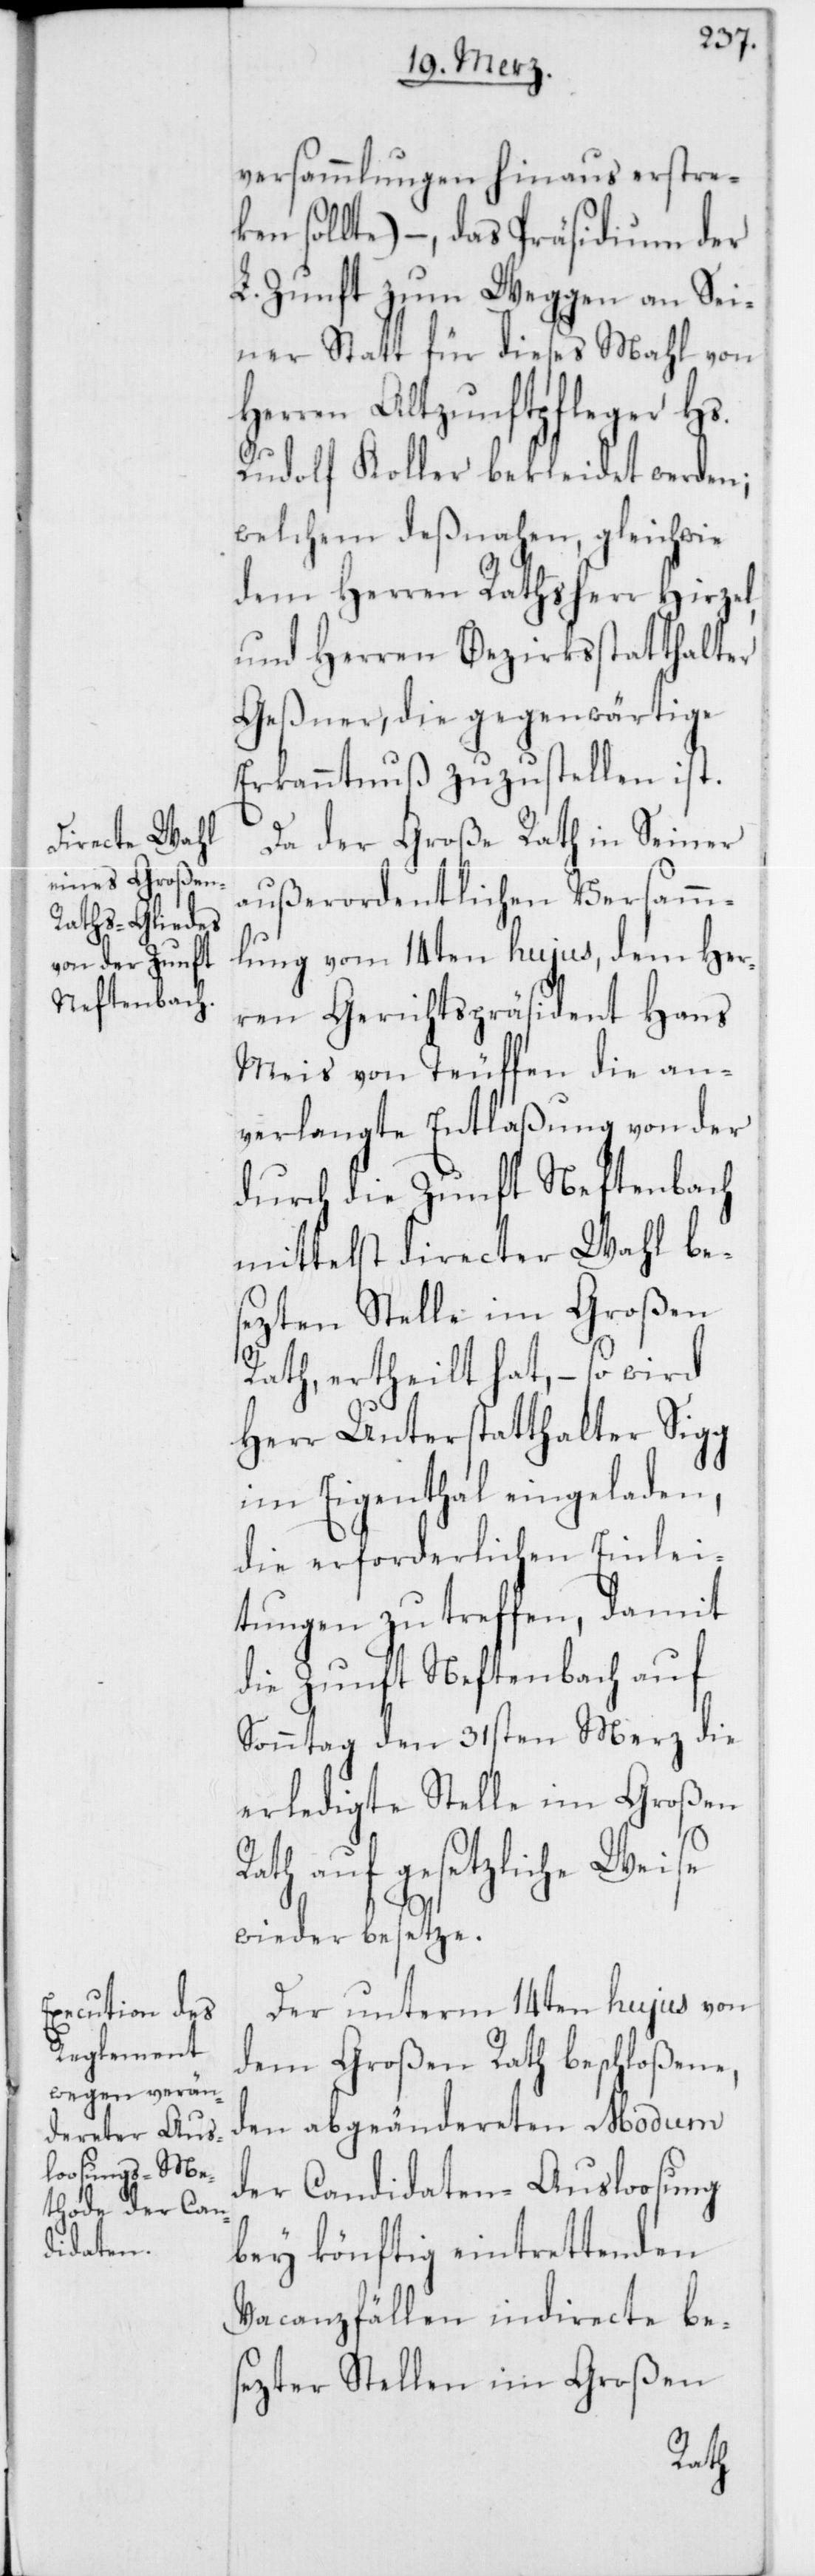
versammlungen hinaus erstre¬
ken sollte), – das Präsidium der
L. Zunft zum Weggen an Sei¬
ner Statt für dieses Mahl von
Herren Altzunftpfleger Hs.
Rudolf Koller bekleidet werden;
welchem deßnahen, gleichwie
dem Herren Rathsherr Hirzel
und Herren Bezirksstatthalter
Geßner, die gegenwärtige
Erkanntnuß zuzustellen ist.
Da der Große Rath in seiner
außerordentlichen Versamm¬
lung vom 14ten hujus, dem Her¬
ren Gerichtspräsident Hans
Meis von Teuffen die an¬
verlangte Entlaßung von der
durch die Zunft Neftenbach
mittelst directer Wahl be¬
sezten Stelle im Großen
Rath, ertheilt hat, – so wird
Herr Unterstatthalter Sigg
im Eigenthal eingeladen,
die erforderlichen Einlei¬
tungen zu treffen, damit
die Zunft Neftenbach auf
Sonntag den 31sten Merz die
erledigte Stelle im Großen
Rath auf gesetzliche Weise
wieder besetze.
Der unterm 14ten hujus von
dem Großen Rath beschloßene,
den abgeändereten Modum
der Candidaten-Ausloosung
bey könftig eintrettenden
Vacanzfällen indirecte be¬
sezter Stellen im Großen